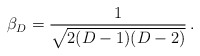
\begin{align*}\beta_{D}=\frac{1}{\sqrt{2(D-1)(D-2)}}\, .\end{align*}